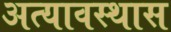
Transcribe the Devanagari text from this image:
अत्यावस्थास